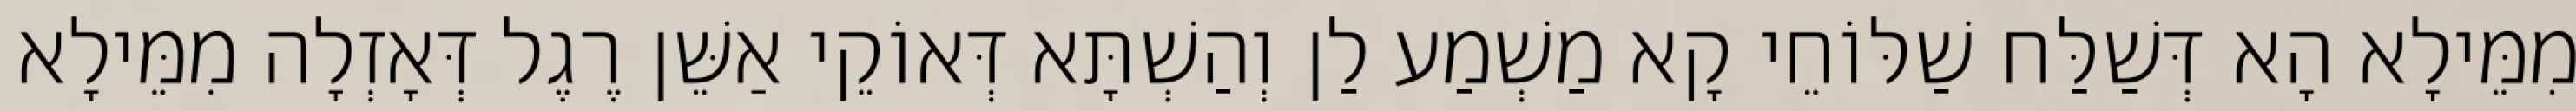
מִמֵּילָא הָא דְּשַׁלַּח שַׁלּוֹחֵי קָא מַשְׁמַע לַן וְהַשְׁתָּא דְּאוֹקֵי אַשֵּׁן רֶגֶל דְּאָזְלָה מִמֵּילָא